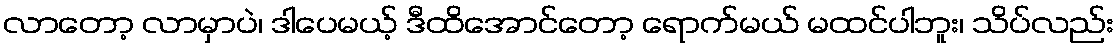
လာတော့ လာမှာပဲ၊ ဒါပေမယ့် ဒီထိအောင်တော့ ရောက်မယ် မထင်ပါဘူး၊ သိပ်လည်း